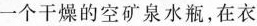
一个干燥的空矿泉水瓶，在衣